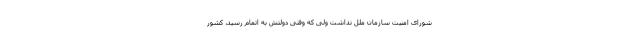
شورای امنیت سازمان ملل نداشت ولی که وقتی دولتش به اتمام رسید، کشور